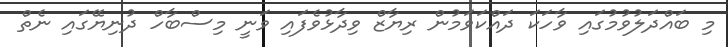
މި ބައްދަލުވުމުގައި ވާހަކަ ދައްކަވަމުން ރިޔާޒް ވިދާޅުވެފައި ވަނީ މިސްބާހް ދުނިޔޭގައި ނެތް